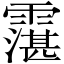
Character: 霮